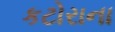
કટોરાના